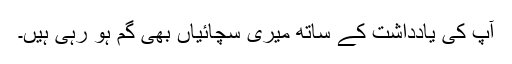
آپ کی یادداشت کے ساتھ میری سچّائیاں بھی گم ہو رہی ہیں۔